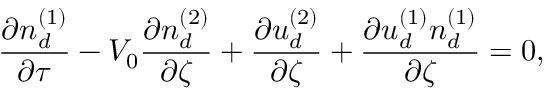
\frac { \partial n _ { d } ^ { ( 1 ) } } { \partial \tau } - V _ { 0 } \frac { \partial n _ { d } ^ { ( 2 ) } } { \partial \zeta } + \frac { \partial u _ { d } ^ { ( 2 ) } } { \partial \zeta } + \frac { \partial u _ { d } ^ { ( 1 ) } n _ { d } ^ { ( 1 ) } } { \partial \zeta } = 0 ,